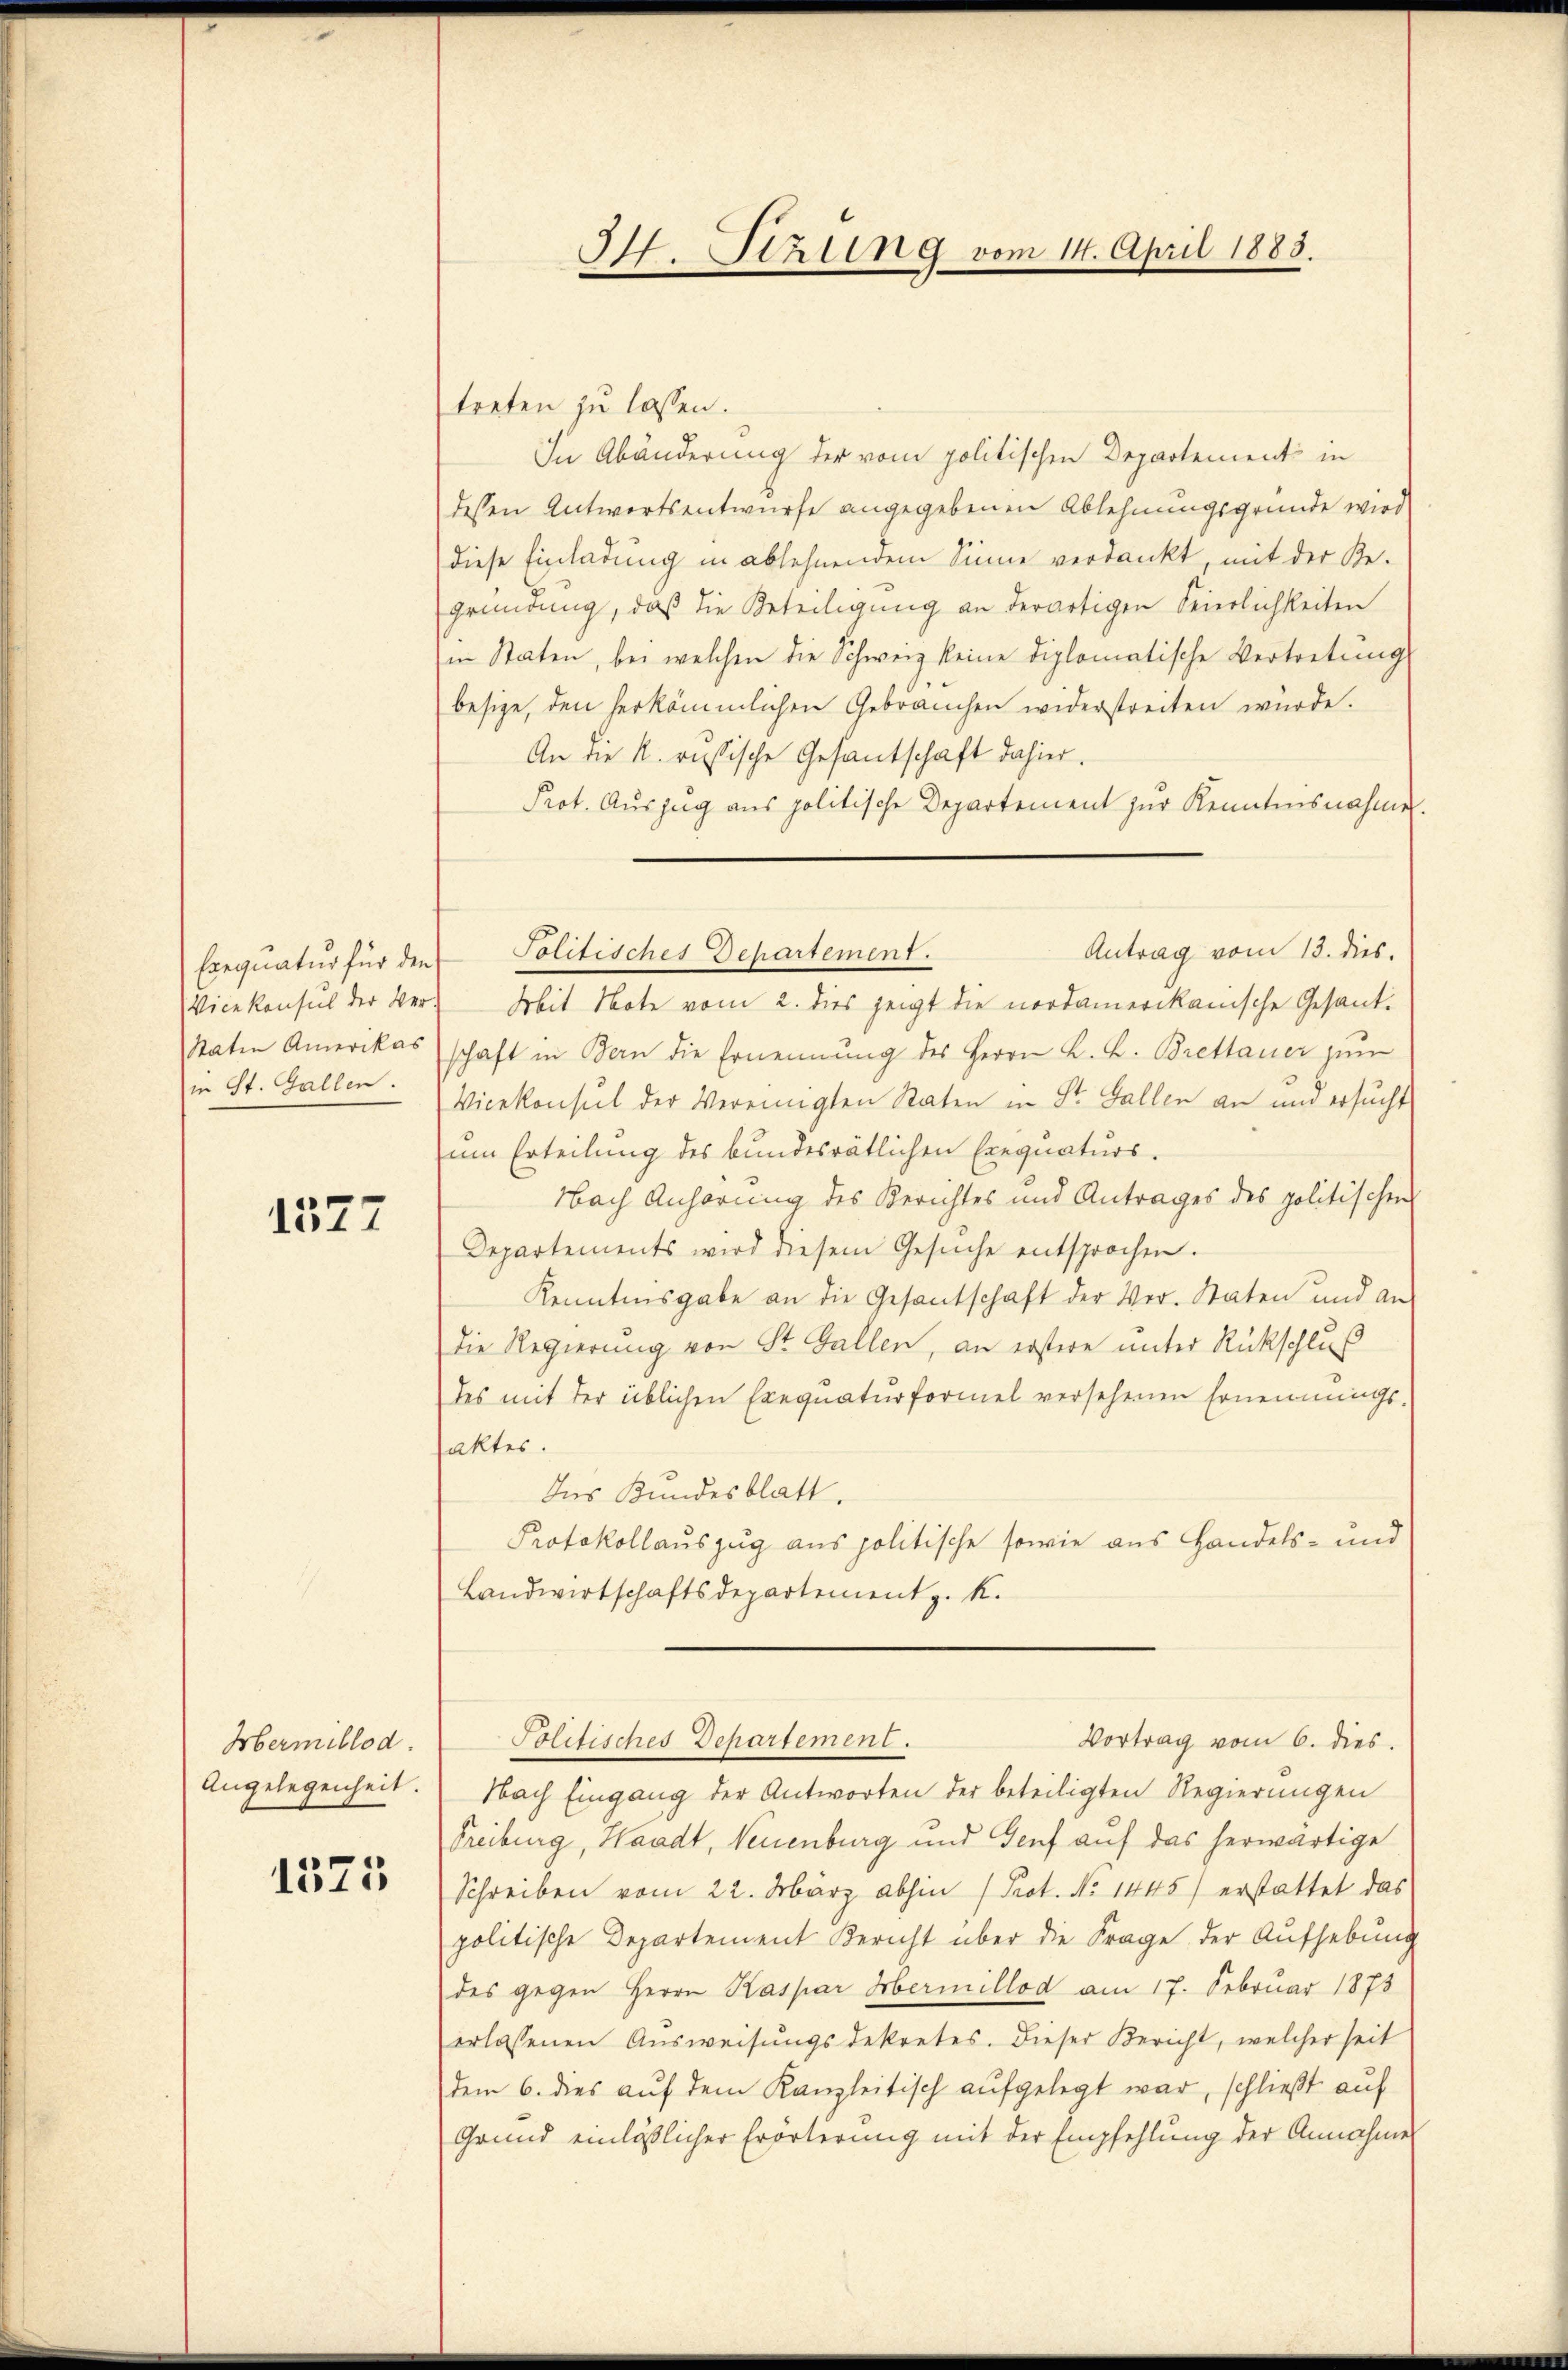
Raten Amerikas
in St. Gallen.

1377

Hermillod.
Angelegenheit.

1375

I. Stzung vom 14. April 1883.

treten zu lassen.
In Abänderung der vom politischen Departement in
dessen Antwortsentwurfe angegebenen Ablehnungsgründe wird
diese Einladung in ablehnendem Sinne verdankt, mit der Re-
Gründung, daß die Beteiligung an derartigen Seierlichkeiten
in Staaten, bei welchen die Schweiz keine diplomatische Vertretungs
besige, den herkömmlichen Gebrauchen widerstreiten würde.
An die k. russische Gesantschaft dahier.
Prot. Auszug aus politische Departement zur Kenntnisnahme.
Vicekonsul der Ver- Mit Note vom 2. dies zeigt die nordamerikanische Gesandschaft in Bern die Ernennung des Herrn K. B. Brettauer zum
Vicekonsul der Vereinigten Raten in St. Gallen an und ersucht
um Erteilung des bundesrätlichen Exequaturs.
Nach Anhörung des Berichtes und Antrages des politischens
Departements wird diesem Gesŭche entsprochen.
Kenntnisgabe an die Gesantschaft der Ver- Staten und an-
die Regierung von St. Gallen, an erstere unter Rückschluß
des mit der üblichen Exequaturformel versehenen Ernennungs-
saktes.
Ins Kundesblatt.
Protokollauszug aus politische sowie aus Handels- und
Landwirtschaftsdepartement z. K.
Politisches Departement.
Vortrag vom 6. dies
Nach Eingang der Antworten der beteiligten Regierungen
Freiburg, Waadt, Neuenburg und Genf auf das herwärtige
Schreiben vom 22. März abhin (Prot. No 1445) erstattet das
politische Departement Bericht über die Frage der Aufhebung
des gegen Herrn Kaspar Hermillod am 17. Februar 1873
erlassenen Ausweisungsdekretes. Dieser Bericht, welcher seit
dem 6. dies auf dem Kanzleitisch aufgelegt war, schließt auf
Grund einläßlicher Erörterung mit der Empfehlung der Annahme

Antrag vom 13. dies.
Exequatur für den Politisches Departement.